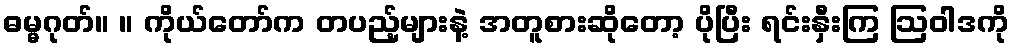
ဓမ္မဂုတ်။ ။ ကိုယ်တော်က တပည့်များနဲ့ အတူစားဆိုတော့ ပိုပြီး ရင်းနှီးကြ ဩဝါဒကို